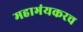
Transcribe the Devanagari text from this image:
महाभंयकरच